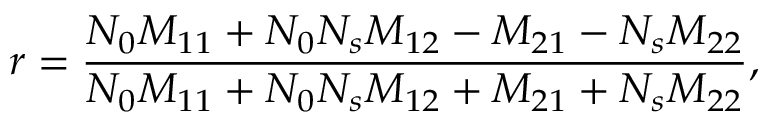
r = \frac { N _ { 0 } M _ { 1 1 } + N _ { 0 } N _ { s } M _ { 1 2 } - M _ { 2 1 } - N _ { s } M _ { 2 2 } } { N _ { 0 } M _ { 1 1 } + N _ { 0 } N _ { s } M _ { 1 2 } + M _ { 2 1 } + N _ { s } M _ { 2 2 } } ,